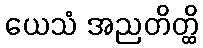
ယေသံ အညတိတ္ထိ